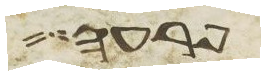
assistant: פרעה